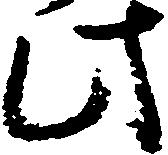
此